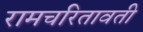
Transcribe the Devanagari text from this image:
रामचरितावती